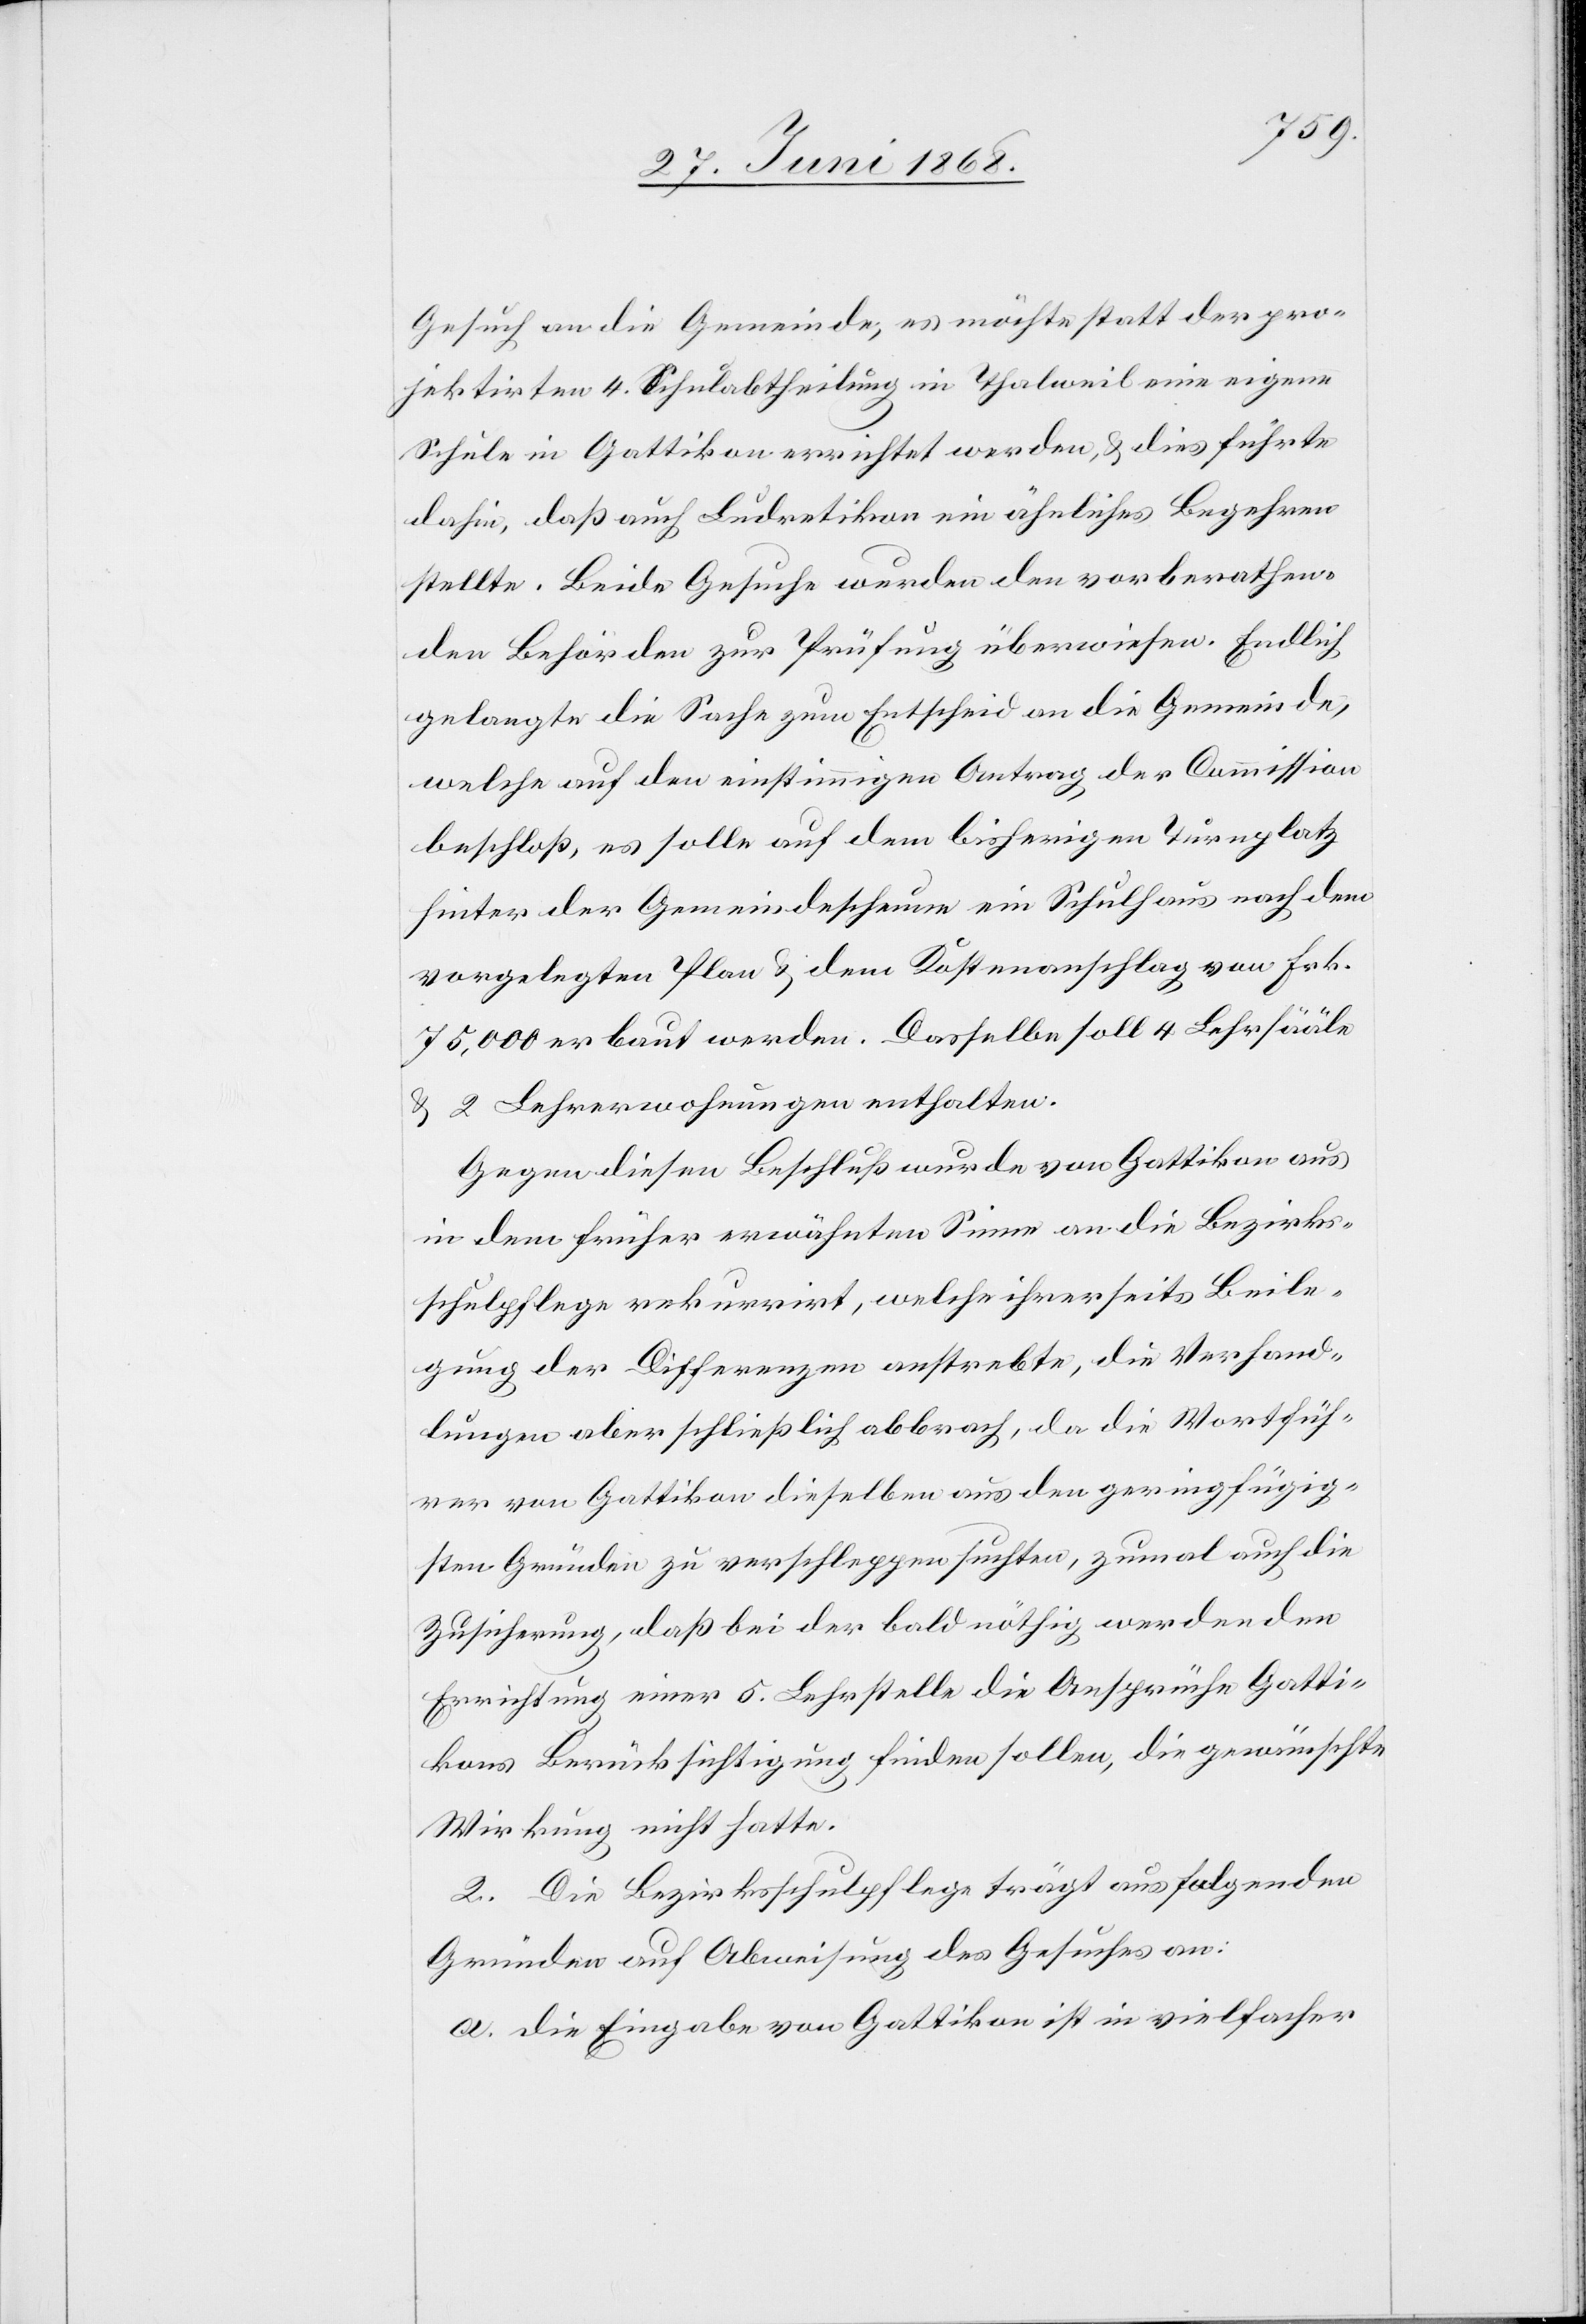
Gesuch an die Gemeinde, es möchte statt der pro¬
jektirten 4. Schulabtheilung in Thalweil eine eigene
Schule in Gattikon errichtet werden, & dies führte
dahin, daß auch Ludretikon ein ähnliches Begehren
stellte. Beide Gesuche wurden den vorberathen¬
den Behörden zur Prüfung überwiesen. Endlich
gelangte die Sache zum Entscheid an die Gemeinde,
welche auf den einstimmigen Antrag der Commission
beschloß, es sollte auf dem bisherigen Turnplatz
hinter der Gemeindescheune ein Schulhaus nach dem
vorgelegten Plan & dem Kostenanschlag von Frk.
75,000 erbaut werden. Dasselbe soll 4 Lehrsääle
& 2 Lehrerwohnungen enthalten.
Gegen diesen Beschluß wurde von Gattikon aus
in dem früher erwähnten Sinne an die Bezirks¬
schulpflege rekurrirt, welche ihrerseits Beile¬
gung der Differenzen anstrebte, die Verhand¬
lungen aber schließlich abbrach, da die Wortfüh¬
rer von Gattikon dieselben aus den geringfügig¬
sten Gründen zu verschleppen suchten, zumal auch die
Zusicherung, daß bei der bald nöthig werdenden
Errichtung einer 5. Lehrstelle die Ansprüche Gatti¬
kons Berücksichtigung finden sollen, die gewünschte
Wirkung nicht hatte.
2. Die Bezirksschulpflege trägt aus folgenden
Gründen auf Abweisung des Gesuches an:
a. die Eingabe von Gattikon ist in vielfacher